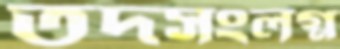
তদসংলগ্ন